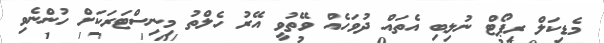
މެޑިކަލް ރިޕޯޓް ނުލިބި އެތައް ދުވަހެއް ވޭތުވީ އޭރު ހެލްތު މިނިސްޓަރަކަށް ހުންނެވި